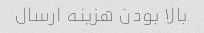
بالا بودن هزینه ارسال